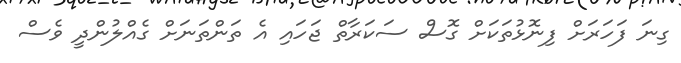
ގިނަ ފަހަރަށް ފިނޮޅުތަކަށް ގޮސް ސަކަރާތް ޖަހައި އެ ތަންތަނަށް ގެއްލުންދީ ވެސް